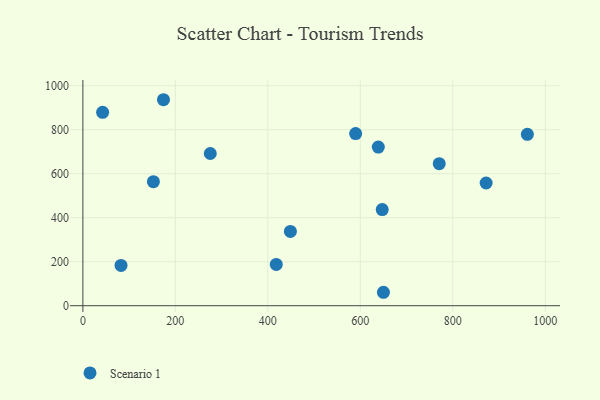
{"axis": {"x": "Experience", "y": "Sales"}, "legend": ["Scenario 1"], "data": [{"x": "42.7", "y": 879.3, "type": "Scenario 1"}, {"x": "647.4", "y": 437.2, "type": "Scenario 1"}, {"x": "770.7", "y": 645.7, "type": "Scenario 1"}, {"x": "152.5", "y": 563.8, "type": "Scenario 1"}, {"x": "82.5", "y": 183.3, "type": "Scenario 1"}, {"x": "589.9", "y": 782.6, "type": "Scenario 1"}, {"x": "448.8", "y": 337.7, "type": "Scenario 1"}, {"x": "275.5", "y": 692.1, "type": "Scenario 1"}, {"x": "638.9", "y": 721.3, "type": "Scenario 1"}, {"x": "961.3", "y": 779.4, "type": "Scenario 1"}, {"x": "418.2", "y": 187.9, "type": "Scenario 1"}, {"x": "650.0", "y": 61.1, "type": "Scenario 1"}, {"x": "174.3", "y": 936.5, "type": "Scenario 1"}, {"x": "872.1", "y": 557.9, "type": "Scenario 1"}]}